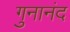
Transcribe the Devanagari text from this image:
गुनानंद